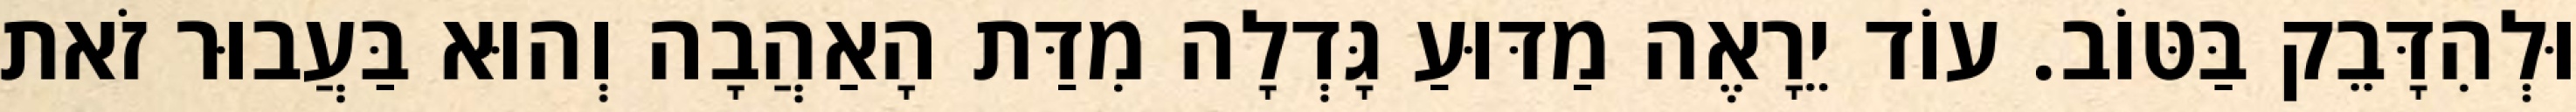
וּלְהִדָּבֵק בַּטּוֹב. עוֹד יֵרָאֶה מַדּוּעַ גָּדְלָה מִדַּת הָאַהֲבָה וְהוּא בַּעֲבוּר זֹאת